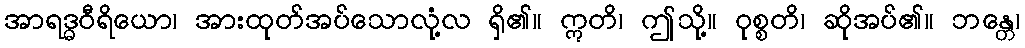
အာရဒ္ဓဝီရိယော၊ အားထုတ်အပ်သောလုံ့လ ရှိ၏။ ဣတိ၊ ဤသို့။ ဝုစ္စတိ၊ ဆိုအပ်၏။ ဘန္တေ၊